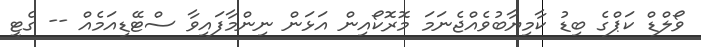
ވޯލްޑް ކަޕްގެ ބިޑު ކާމިޔާބުވެއްޖެނަމަ މޮރޮކޯއިން އަޅަން ނިންމާފައިވާ ސްޓޭޑިއަމެއް -- ގެޓީ